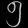
Digit: ၅